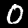
Label: 0